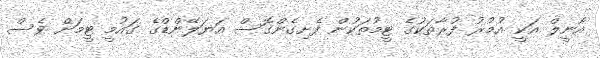
އޯނީލް އަކީ އުމުރު ފުރާތަކުގެ ޓީމުތަކުން ފެށިގެންގޮސް އަޔަލޭންޑްގެ ގައުމީ ޓީމަށް ވެސް